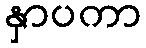
နှာပကာ